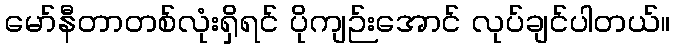
မော်နီတာတစ်လုံးရှိရင် ပိုကျဉ်းအောင် လုပ်ချင်ပါတယ်။